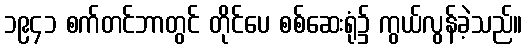
၁၉၄၁ စက်တင်ဘာတွင် တိုင်ပေ စစ်ဆေးရုံ၌ ကွယ်လွန်ခဲ့သည်။